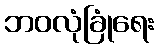
ဘဝလုံခြုံရေး